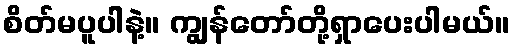
စိတ်မပူပါနဲ့။ ကျွန်တော်တို့ရှာပေးပါမယ်။